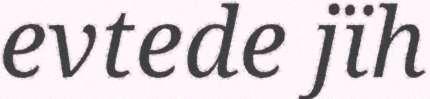
evtede jïh